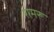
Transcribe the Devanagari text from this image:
रामरू